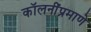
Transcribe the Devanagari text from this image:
कॉलनींप्रमाणे